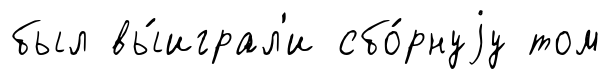
был вы́играл'и сбо́рнуjу том